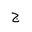
Letter: _gim